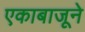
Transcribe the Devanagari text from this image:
एकाबाजूने